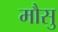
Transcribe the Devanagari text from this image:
मौसु